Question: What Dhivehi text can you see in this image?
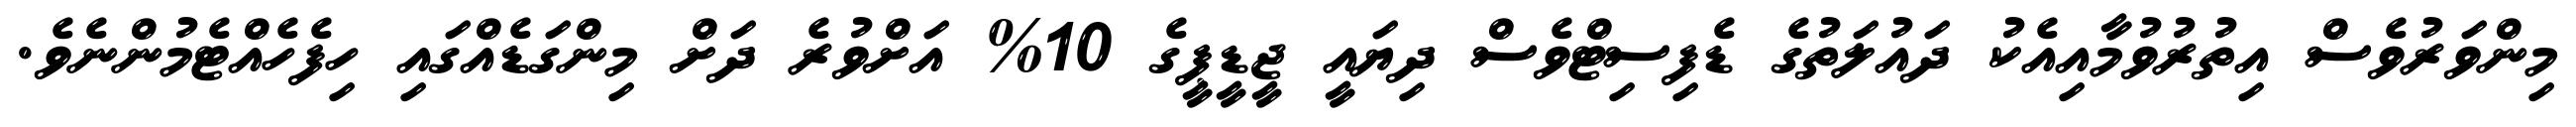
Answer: މިންވަރުވެސް އިތުރުވުމާއިއެކު ދައުލަތުގެ ޑެފިސިޓްވެސް ދިޔައީ ޖީޑީޕީގެ 10% އަށްވުރެ ދަށް މިންގަޑެއްގައި ހިފެހެއްޓެމުންނެވެ.